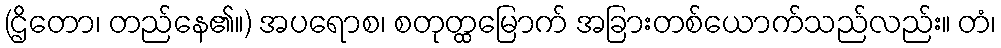
(ဌိတော၊ တည်နေ၏။) အပရောစ၊ စတုတ္ထမြောက် အခြားတစ်ယောက်သည်လည်း။ တံ၊